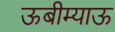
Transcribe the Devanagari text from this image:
ऊबीम्याऊ